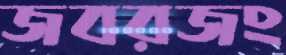
জবরজং